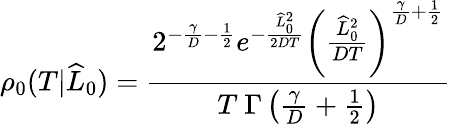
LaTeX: \rho_{0}(T|\widehat{L}_{0})=\frac{2^{-\frac{\gamma}{D}-\frac{1}{2}}e^{-\frac{\widehat{L}_{0}^{2}}{2DT}}\left(\frac{\widehat{L}_{0}^{2}}{DT}\right)^{\frac{\gamma}{D}+\frac{1}{2}}}{T\ \Gamma\left(\frac{\gamma}{D}+\frac{1}{2}\right)}